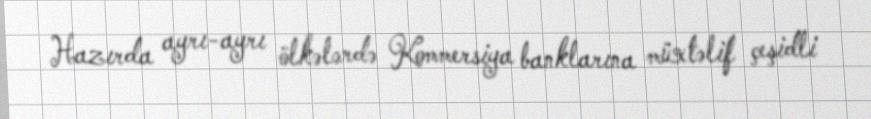
Hazırda ayrı-ayrı ölkələrdə Kommersiya banklarına müxtəlif çeşidli